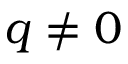
q \neq 0